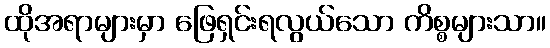
ထိုအရာများမှာ ဖြေရှင်းရလွယ်သော ကိစ္စများသာ။